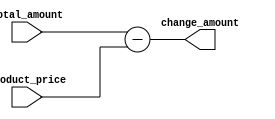
module ChangeModule (
    input wire [3:0] total_amount,    // 
    input wire [3:0] product_price,   // 
    output wire [3:0] change_amount   // 
);

assign change_amount = total_amount - product_price; // 

endmodule
/*


 total_amount  product_price 
 change_amount 
*/